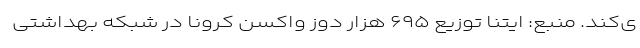
ی‌کند. منبع: ایتنا توزیع ۶۹۵ هزار دوز واکسن کرونا در شبکه بهداشتی